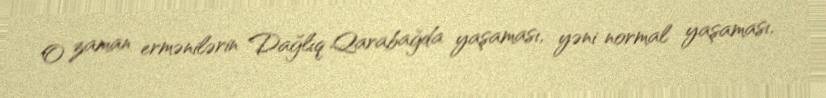
O zaman ermənilərin Dağlıq Qarabağda yaşaması, yəni normal yaşaması,